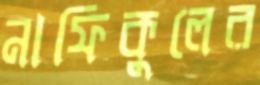
নাফিকুলের